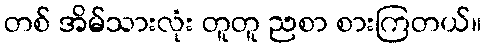
တစ် အိမ်သားလုံး တူတူ ညစာ စားကြတယ်။